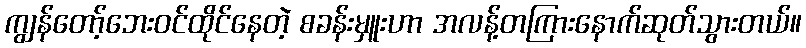
ကျွန်တော့်ဘေးဝင်ထိုင်နေတဲ့ စခန်းမှူးဟာ အလန့်တကြားနောက်ဆုတ်သွားတယ်။